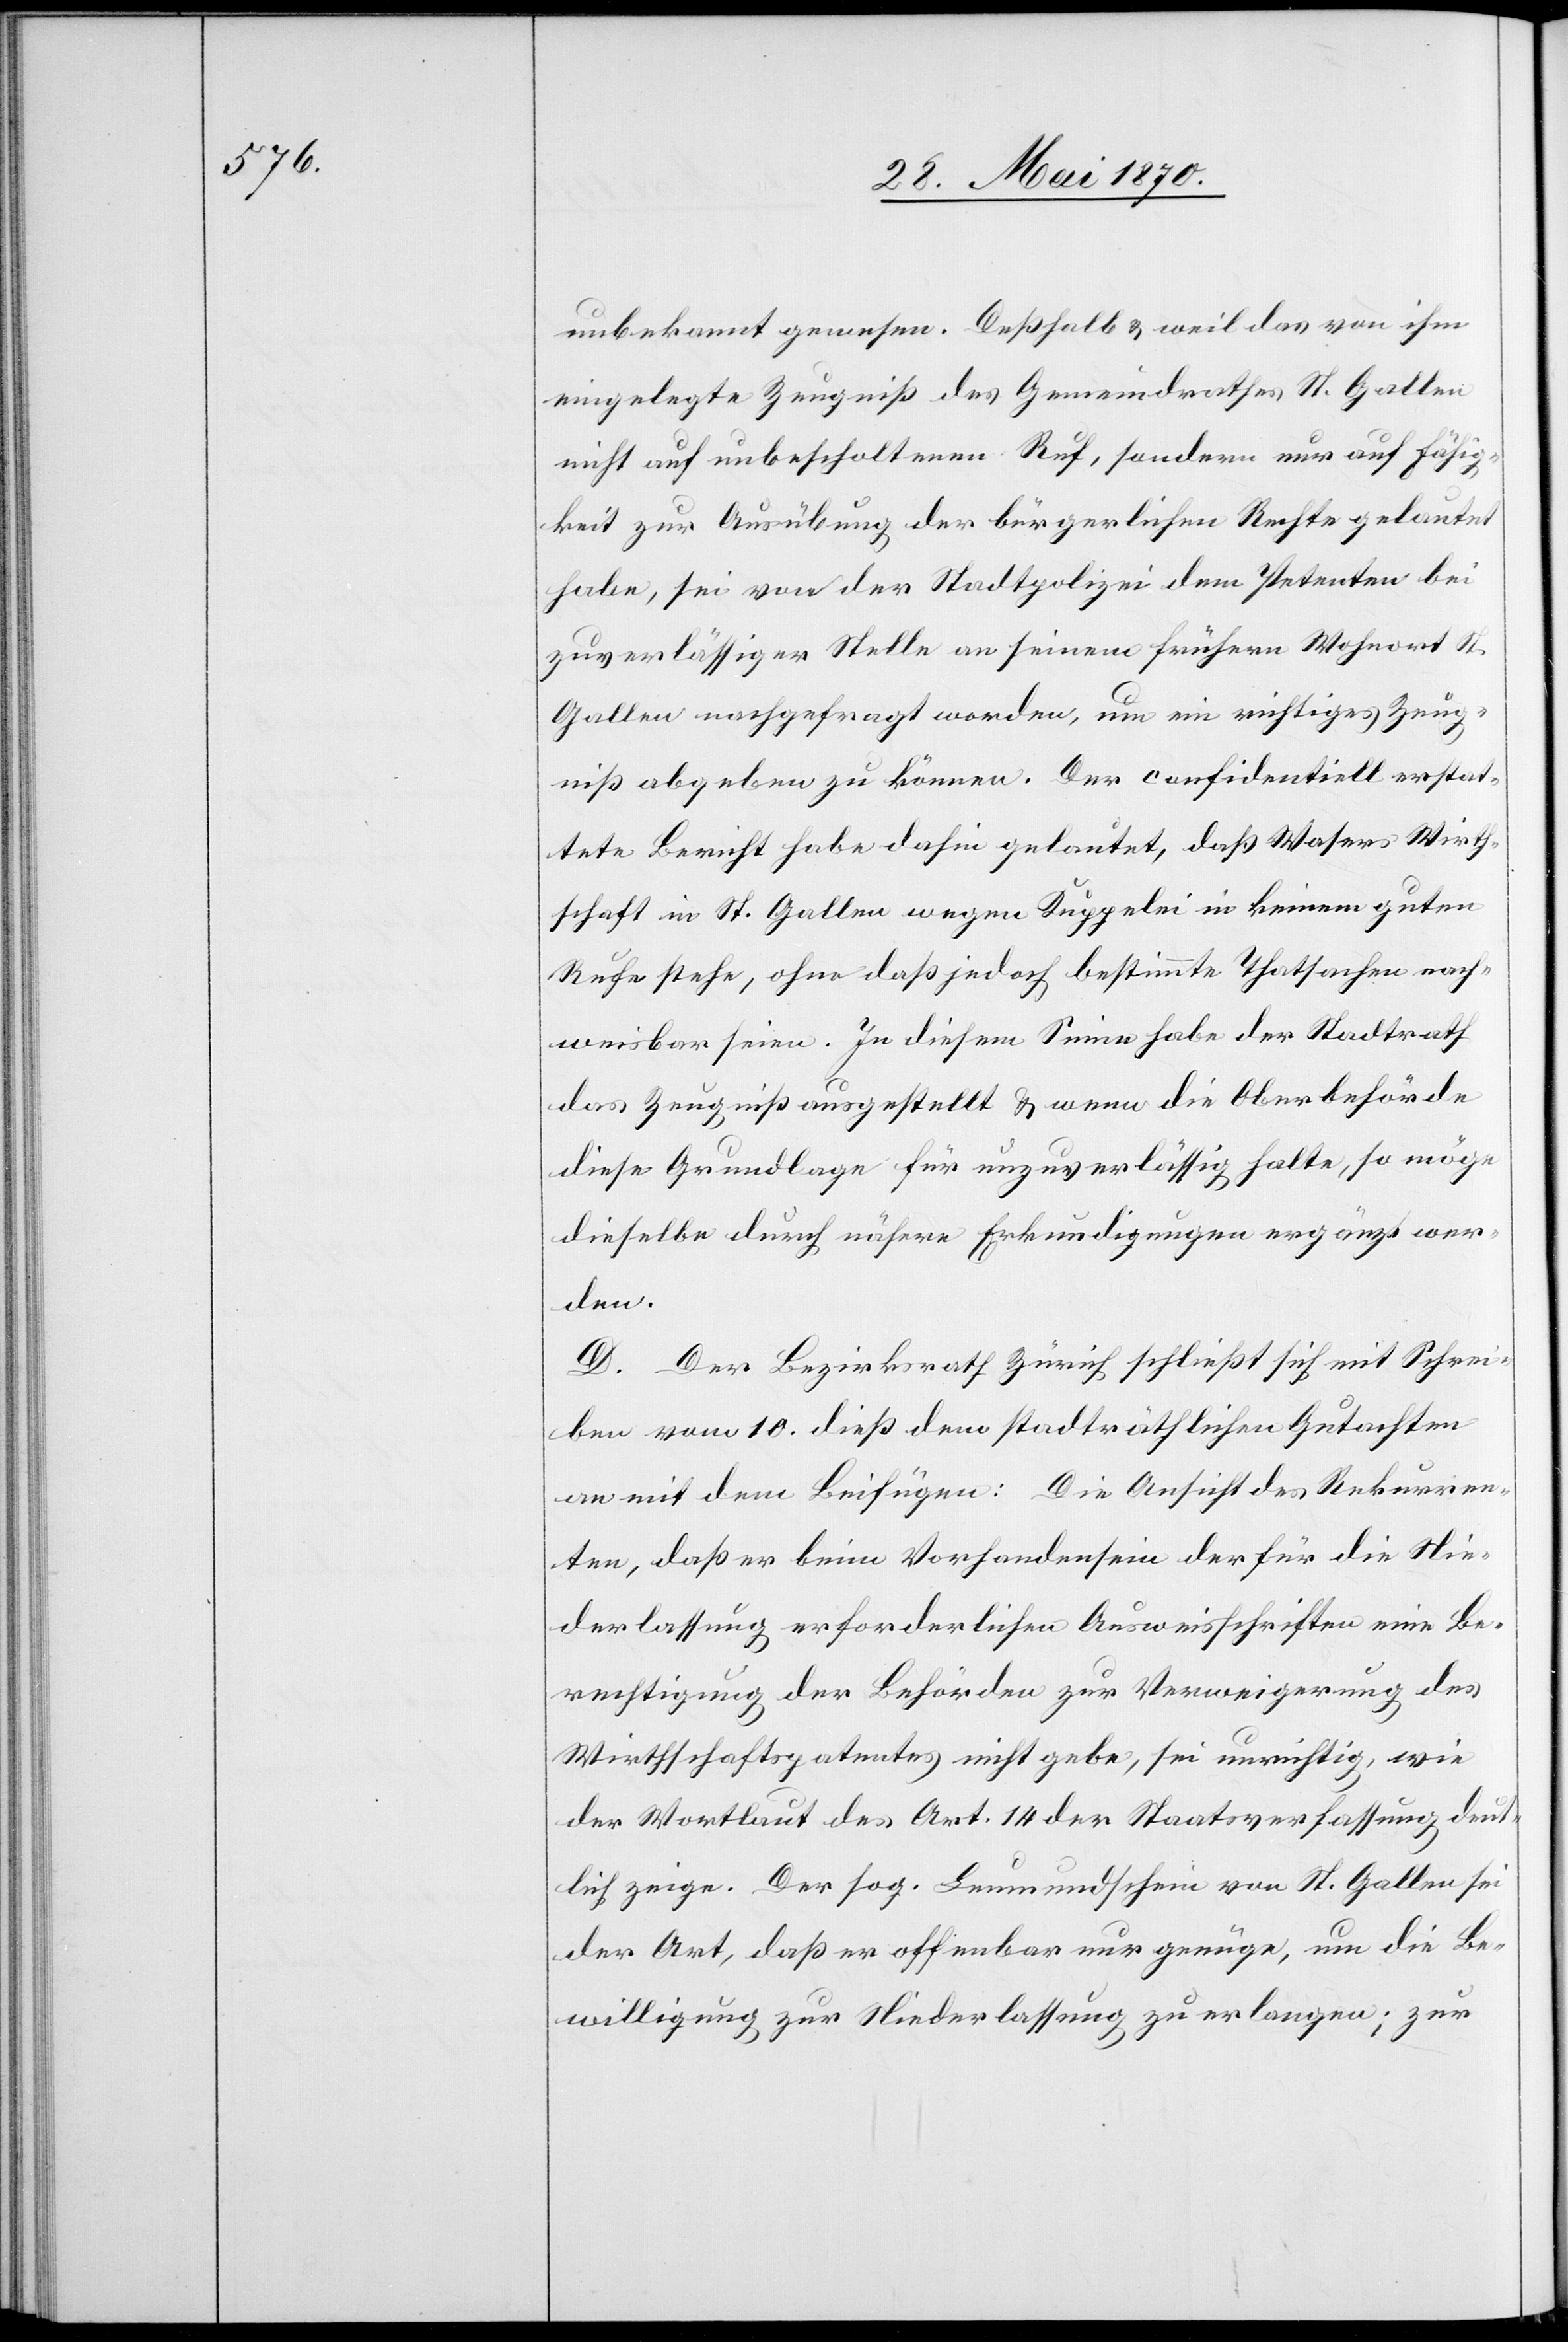
unbekannt gewesen. Deßhalb & weil das von ihm
eingelegte Zeugniß des Gemeindrathes St. Gallen
nicht auf unbescholtenen Ruf, sondern nur auf Fähig¬
keit zur Ausübung der bürgerlichen Rechte gelautet
habe, sei von der Stadtpolizei dem Petenten bei
zuverlässiger Stelle an seinem frühern Wohnort St.
Gallen nachgefragt worden, um ein richtiges Zeug¬
niß abgeben zu können. Der confidentiell erstat¬
tete Bericht habe dahin gelautet, daß Wasers Wirth¬
schaft in St. Gallen wegen Kuppelei in keinem guten
Rufe stehe, ohne daß jedoch bestimmte Thatsachen nach¬
weisbar seien. In diesem Sinne habe der Stadtrath
das Zeugniß ausgestellt & wenn die Oberbehörde
diese Grundlage für unzuverlässig halte, so möge
dieselbe durch nähere Erkundigungen ergänzt wer¬
den.
D. Der Bezirksrath Zürich schließt sich mit Schrei¬
ben vom 10. dieß dem stadträthlichen Gutachten
an mit dem Beifügen: Die Ansicht des Rekurren¬
ten, daß er beim Vorhandensein der für die Nie¬
derlassung erforderlichen Ausweisschriften eine Be¬
rechtigung der Behörden zur Verweigerung des
Wirthschaftspatentes nicht gebe, sei unrichtig, wie
der Wortlaut des Art. 14 der Staatsverfassung deut¬
lich zeige. Der sog. Leumundschein von St. Gallen sei
der Art, daß er offenbar nur genüge, um die Be¬
willigung zur Niederlassung zu erlangen; zur